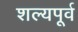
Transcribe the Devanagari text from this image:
शल्यपूर्व